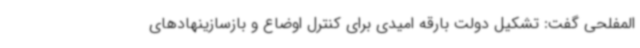
المفلحی گفت: تشکیل دولت بارقه امیدی برای کنترل اوضاع و بازسازینهادهای